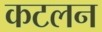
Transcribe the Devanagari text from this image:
कटलन